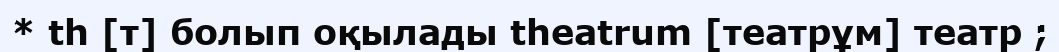
* th [т] болып оқылады theatrum [театрұм] театр ;